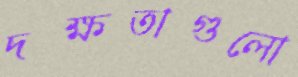
দক্ষতাগুলো